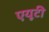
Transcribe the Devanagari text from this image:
एयूटी